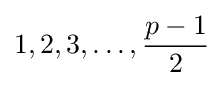
1,2,3,\dots ,{\frac {p-1}{2}}